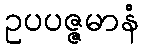
ဥပပဇ္ဇမာနံ